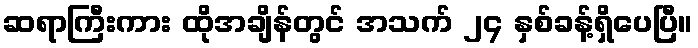
ဆရာကြီးကား ထိုအချိန်တွင် အသက် ၂၄ နှစ်ခန့်ရှိပေပြီ။